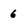
Character: 6